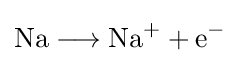
{\mathrm {Na} {}\mathrel {\longrightarrow } {}\mathrm {Na} {\vphantom {A}}^{+}{}+{}\mathrm {e} {\vphantom {A}}^{-}}